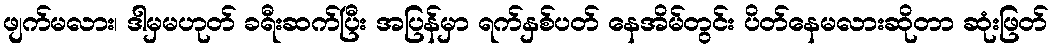
ဖျက်မလား၊ ဒါမှမဟုတ် ခရီးဆက်ပြီး အပြန်မှာ ရက်နှစ်ပတ် နေအိမ်တွင်း ပိတ်နေမလားဆိုတာ ဆုံးဖြတ်